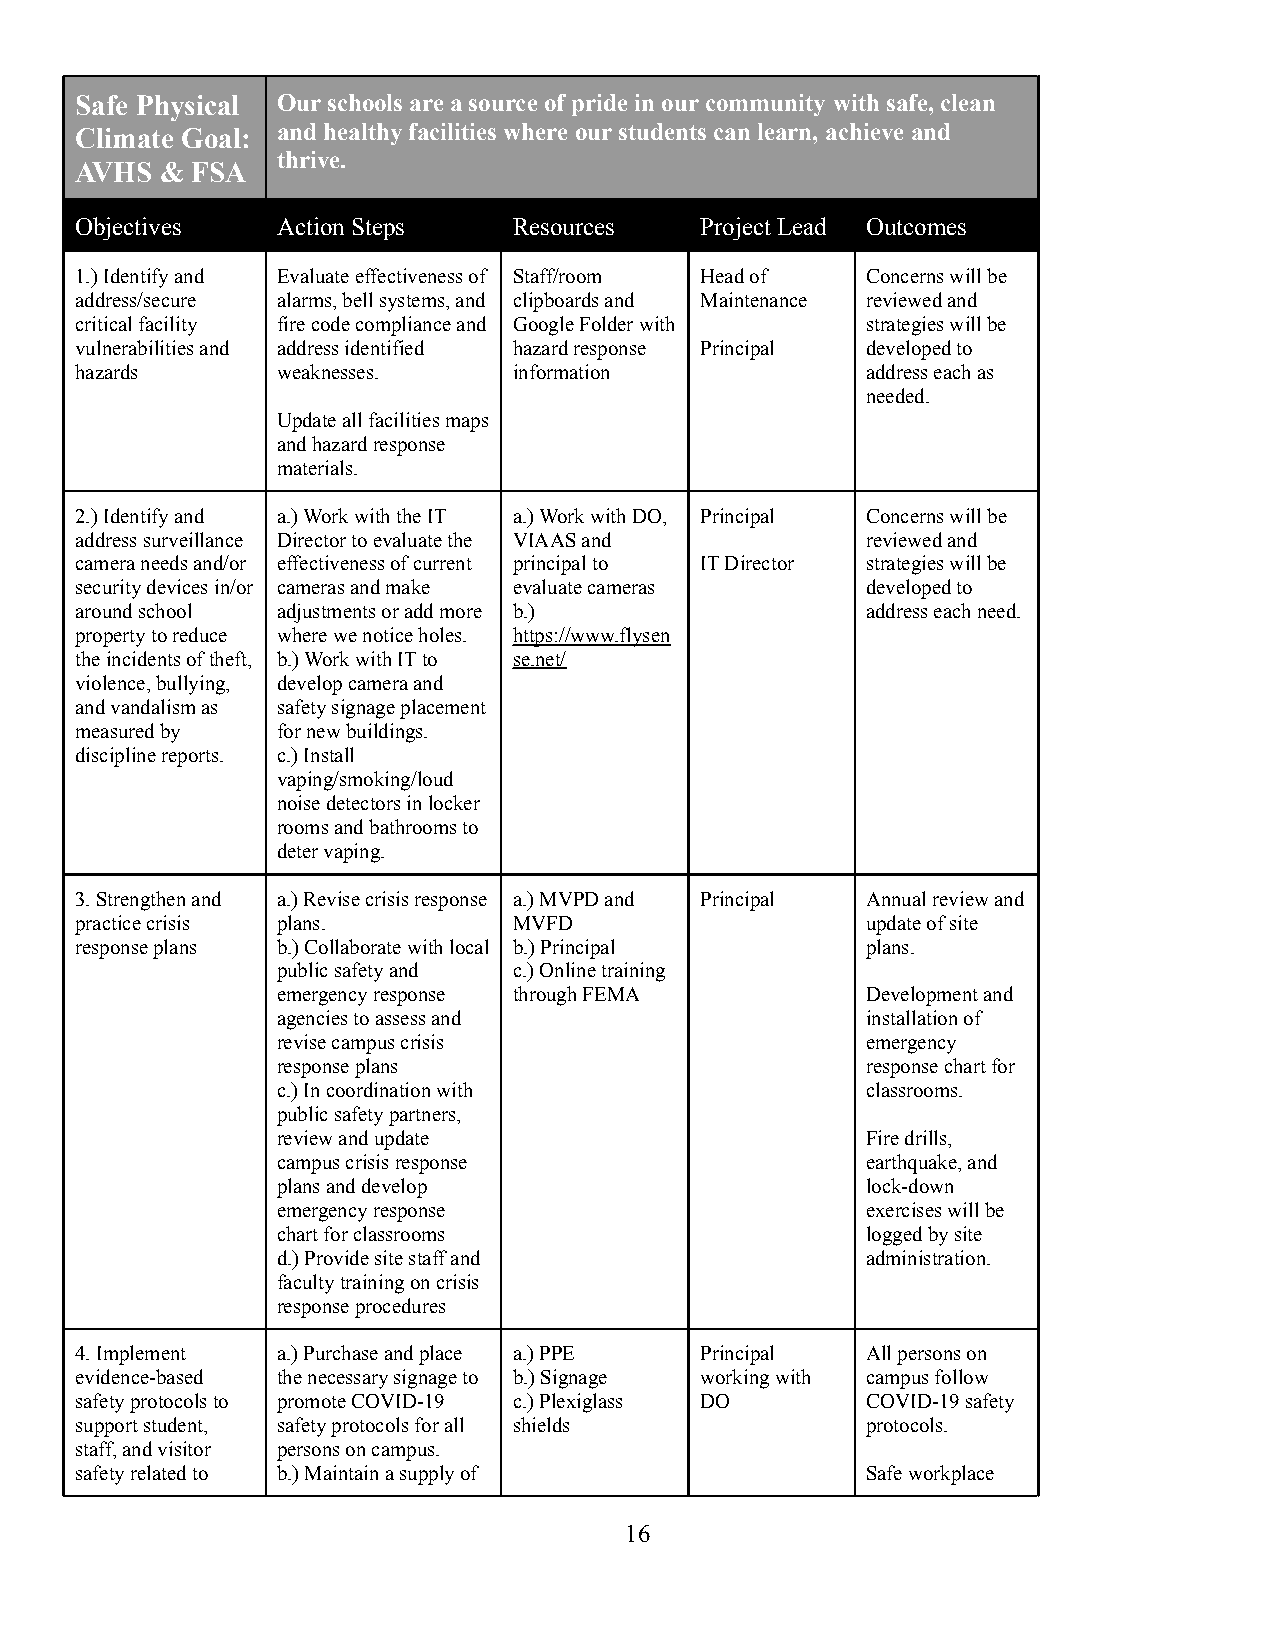
Safe Physical Our schools are a source of pride in our community with safe, clean
 Climate Goal: and healthy facilities where our students can learn, achieve and
 thrive.
 AVHS  & FSA
 Objectives   Action Steps    Resources   Project Lead Outcomes
 1.) Identify and Evaluate effectiveness of Staff/room Head of Concerns will be
 address/secure alarms, bell systems, and clipboards and Maintenance reviewed and
 critical facility fire code compliance and Google Folder with strategies will be
 vulnerabilities and address identified hazard response Principal developed to
 hazards      weaknesses.     information            address each as
 needed.
 Update all facilities maps
 and hazard response
 materials.
 2.) Identify and a.) Work with the IT a.) Work with DO, Principal Concerns will be
 address surveillance Director to evaluate the VIAAS and reviewed and
 camera needs and/or effectiveness of current principal to IT Director strategies will be
 security devices in/or cameras and make evaluate cameras developed to
 around school adjustments or add more b.)           address each need.
 property to reduce where we notice holes. https://www.flysen
 the incidents of theft, b.) Work with IT to se.net/
 violence, bullying, develop camera and
 and vandalism as safety signage placement
 measured by  for new buildings.
 discipline reports. c.) Install
 vaping/smoking/loud
 noise detectors in locker
 rooms and bathrooms to
 deter vaping.
 3. Strengthen and a.) Revise crisis response a.) MVPD and Principal Annual review and
 practice crisis plans.       MVFD                   update of site
 response plans b.) Collaborate with local b.) Principal plans.
 public safety and c.) Online training
 emergency response through FEMA        Development and
 agencies to assess and                 installation of
 revise campus crisis                   emergency
 response plans                         response chart for
 c.) In coordination with               classrooms.
 public safety partners,
 review and update                      Fire drills,
 campus crisis response                 earthquake, and
 plans and develop                      lock-down
 emergency response                     exercises will be
 chart for classrooms                   logged by site
 d.) Provide site staff and             administration.
 faculty training on crisis
 response procedures
 4. Implement a.) Purchase and place a.) PPE Principal All persons on
 evidence-based the necessary signage to b.) Signage working with campus follow
 safety protocols to promote COVID-19 c.) Plexiglass DO COVID-19 safety
 support student, safety protocols for all shields   protocols.
 staff, and visitor persons on campus.
 safety related to b.) Maintain a supply of          Safe workplace
 16